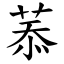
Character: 菾